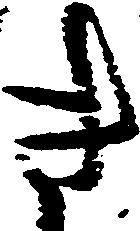
き